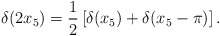
\begin{align*}\delta (2x_{5})=\frac{1}{2}\left[\delta(x_{5})+\delta(x_{5}-\pi) \right]. \end{align*}